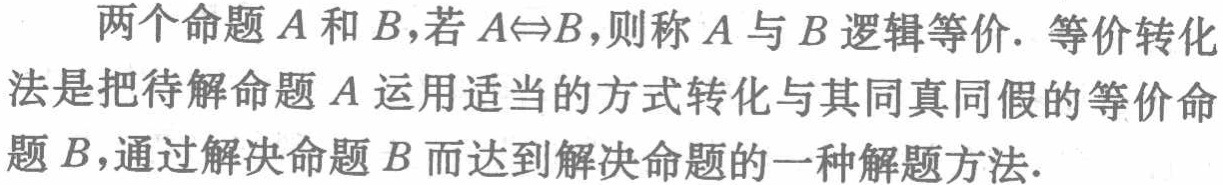
两个命题\(A\)和\(B\)，若\(A\Leftrightarrow B\)，则称\(A\)与\(B\)逻辑等价. 等价转化法是把待解命题\(A\)运用适当的方式转化与其同真同假的等价命题\(B\)，通过解决命题\(B\)而达到解决命题的一种解题方法.